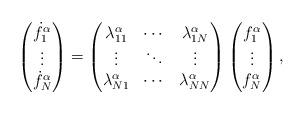
LaTeX: \begin{align*}\begin{pmatrix}{\dot{f}}_1^{\alpha}\\\vdots\\{\dot{f}}_N^{\alpha}\end{pmatrix}=\begin{pmatrix}\lambda_{11}^{\alpha} & \cdots & \lambda_{1N}^{\alpha}\\\vdots & \ddots & \vdots\\\lambda_{N1}^{\alpha} & \cdots & \lambda_{NN}^{\alpha}\end{pmatrix}\begin{pmatrix}f_1^{\alpha}\\\vdots\\f_N^{\alpha}\end{pmatrix},\end{align*}